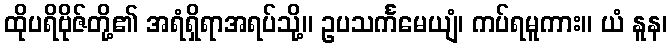
ထိုပရိဗိုဇ်တို့၏ အရံရှိရာအရပ်သို့။ ဥပသင်္ကမေယျံ၊ ကပ်ရမူကား။ ယံ နူန၊